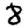
Digit: 8